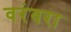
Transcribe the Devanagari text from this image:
वरंवरा